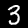
Digit: 3